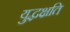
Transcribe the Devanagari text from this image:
युद्धक्षति